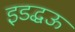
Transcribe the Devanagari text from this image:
इडद्धऊ